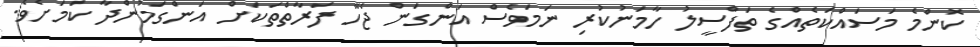
ކޮންމެ މަސައްކަތެއްގެ ތަފްސީލު ހާމަނުކުރި ނަމަވެސް އަންގަން ޖެހޭ ފަރާތްތަކަށް އަންގަމުންދާ ކަމަށެވެ.